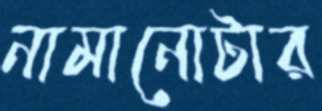
নামানোটার